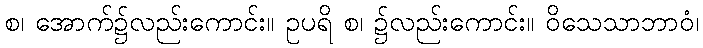
စ၊ အောက်၌လည်းကောင်း။ ဥပရိ စ၊ ၌လည်းကောင်း။ ဝိသေသာဘာဝံ၊